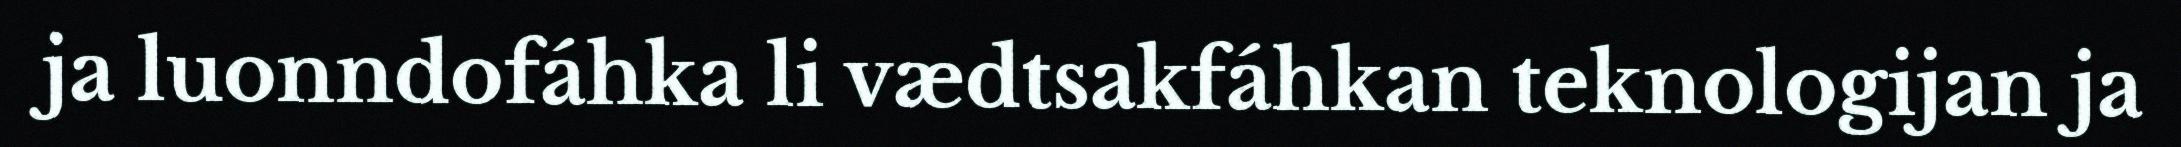
ja luonndofáhka li vædtsakfáhkan teknologijan ja